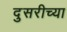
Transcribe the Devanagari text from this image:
दुसरीच्या